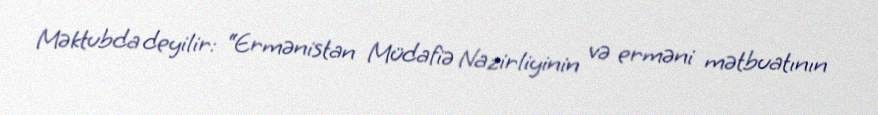
Məktubda deyilir: “Ermənistan Müdafiə Nazirliyinin və erməni mətbuatının